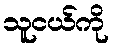
သူငယ်ကို